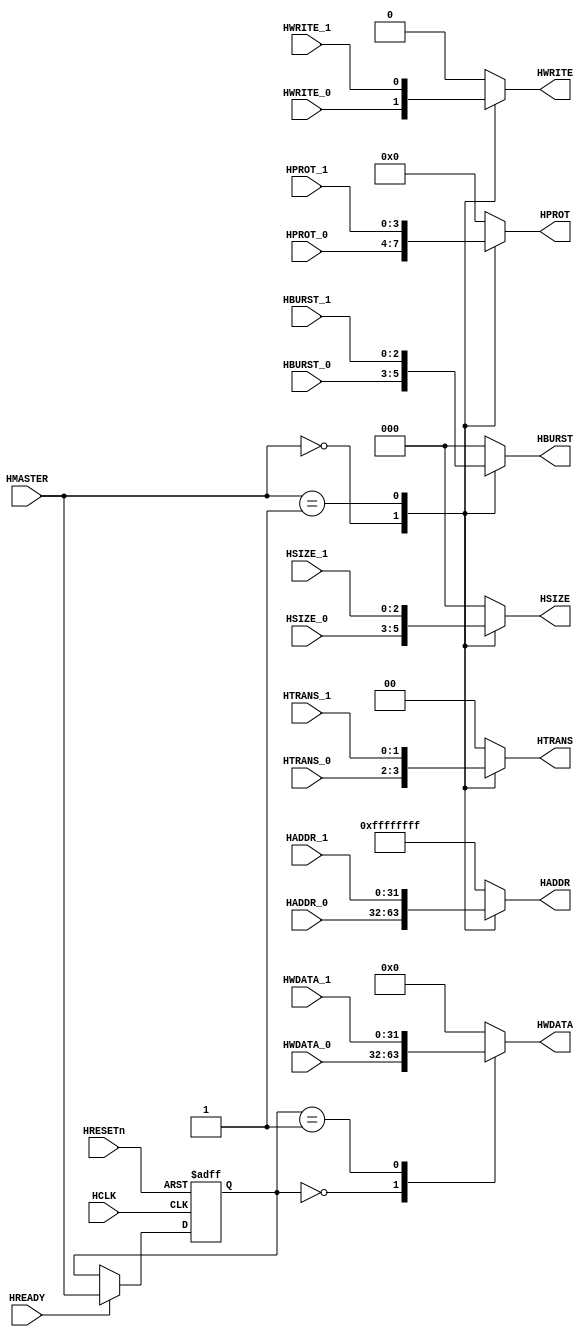
`ifndef AHB_M2S_M2_V
`define AHB_M2S_M2_V
/*********************************************************
 * Copyright (c) 2010 by Ando Ki.
 * All right reserved.
 *
 * http://www.dynalith.com
 * adki@dynalith.com
 *********************************************************/
/* AMBA AHB Master-to-Slave Mux
 */
`timescale 1ns/1ns

module ahb_m2s_m2 #(parameter NUM_MASTER = 3)
(
       input   wire        HRESETn
     , input   wire        HCLK
     , input   wire        HREADY
     , input   wire [3:0]  HMASTER
     , output  reg  [31:0] HADDR
     , output  reg  [3:0]  HPROT
     , output  reg  [1:0]  HTRANS
     , output  reg         HWRITE
     , output  reg  [2:0]  HSIZE
     , output  reg  [2:0]  HBURST
     , output  reg  [31:0] HWDATA
     , input   wire [31:0] HADDR_0
     , input   wire [3:0]  HPROT_0
     , input   wire [1:0]  HTRANS_0
     , input   wire        HWRITE_0
     , input   wire [2:0]  HSIZE_0
     , input   wire [2:0]  HBURST_0
     , input   wire [31:0] HWDATA_0
     , input   wire [31:0] HADDR_1
     , input   wire [3:0]  HPROT_1
     , input   wire [1:0]  HTRANS_1
     , input   wire        HWRITE_1
     , input   wire [2:0]  HSIZE_1
     , input   wire [2:0]  HBURST_1
     , input   wire [31:0] HWDATA_1
);
       //----------------------------
       reg [3:0] hmaster_delay;
       always @ (posedge HCLK or negedge HRESETn)
       begin
           if (HRESETn==1'b0) begin
                hmaster_delay <= 4'b0;
           end else begin
                if (HREADY) begin
                   hmaster_delay <= HMASTER;
                end
           end
       end
       //----------------------------
       always @ (HMASTER or HADDR_0 or HADDR_1)
           case (HMASTER)
           4'h0: HADDR = HADDR_0;
           4'h1: HADDR = HADDR_1;
           default: HADDR = ~32'b0;
           endcase
       always @ (HMASTER or HPROT_0 or HPROT_1)
           case (HMASTER)
           4'h0: HPROT = HPROT_0;
           4'h1: HPROT = HPROT_1;
           default: HPROT = 32'b0;
           endcase
       always @ (HMASTER or HTRANS_0 or HTRANS_1)
           case (HMASTER)
           4'h0: HTRANS = HTRANS_0;
           4'h1: HTRANS = HTRANS_1;
           default: HTRANS = 32'b0;
           endcase
       always @ (HMASTER or HWRITE_0 or HWRITE_1)
           case (HMASTER)
           4'h0: HWRITE = HWRITE_0;
           4'h1: HWRITE = HWRITE_1;
           default: HWRITE = 32'b0;
           endcase
       always @ (HMASTER or HSIZE_0 or HSIZE_1)
           case (HMASTER)
           4'h0: HSIZE = HSIZE_0;
           4'h1: HSIZE = HSIZE_1;
           default: HSIZE = 32'b0;
           endcase
       always @ (HMASTER or HBURST_0 or HBURST_1)
           case (HMASTER)
           4'h0: HBURST = HBURST_0;
           4'h1: HBURST = HBURST_1;
           default: HBURST = 32'b0;
           endcase
       always @ (hmaster_delay or HWDATA_0 or HWDATA_1)
           case (hmaster_delay)
           4'h0: HWDATA = HWDATA_0;
           4'h1: HWDATA = HWDATA_1;
           default: HWDATA = 32'b0;
           endcase
endmodule
`endif